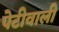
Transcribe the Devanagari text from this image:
पेटीवाली